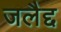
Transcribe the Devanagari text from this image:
जलैद्द